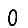
Digit: 0